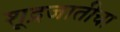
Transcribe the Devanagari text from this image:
शूद्रजातीचा